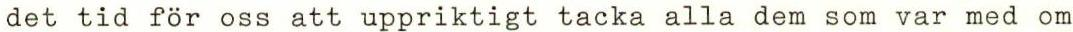
det tid för oss att uppriktigt tacka alla dem som var med om